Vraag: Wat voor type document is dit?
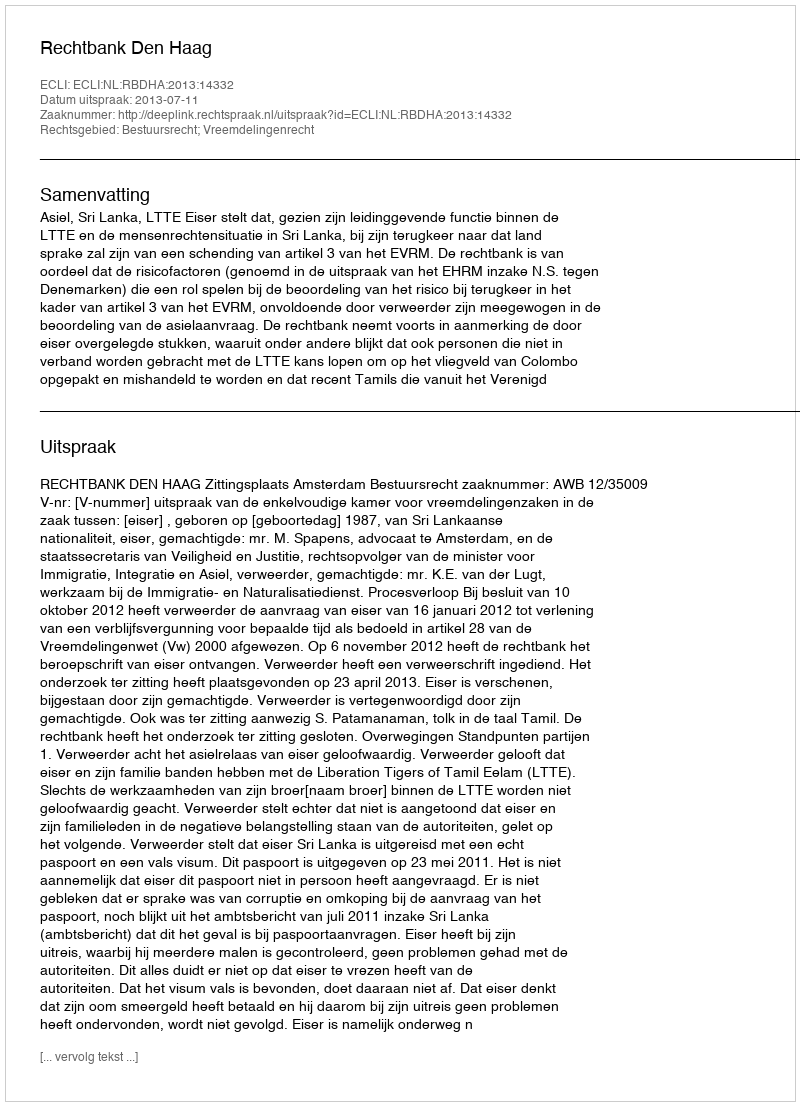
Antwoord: Uitspraak